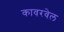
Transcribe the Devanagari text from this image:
कावरवेल